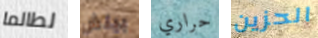
لطالما بيتش حراري الحزين